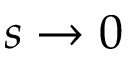
s \rightarrow 0